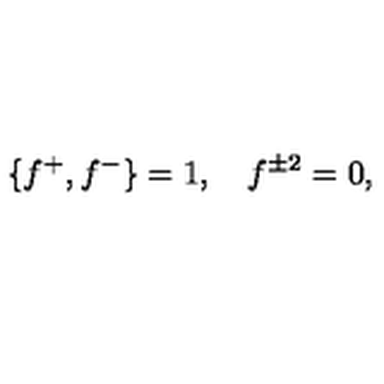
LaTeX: \{ f ^ { + } , f ^ { - } \} = 1 , \quad f ^ { \pm 2 } = 0 ,